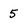
Character: 5